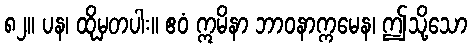
၈၂။ ပန၊ ထိုမှတပါး။ ဧဝံ ဣမိနာ ဘာဝနာက္ကမေန၊ ဤသို့သော